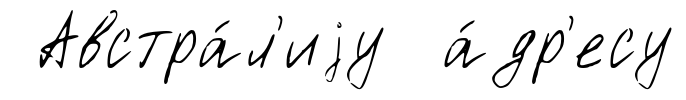
Австра́л'иjу а́др'есу